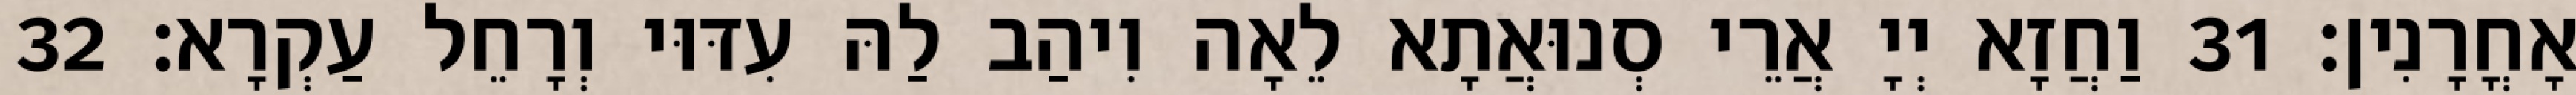
אָחֳרָנִין׃ 31 וַחֲזָא יְיָ אֲרֵי סְנוּאֲתָא לֵאָה וִיהַב לַהּ עִדּוּי וְרָחֵל עַקְרָא׃ 32